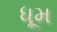
ધૂમ